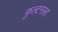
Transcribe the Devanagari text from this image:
फुल्टनला